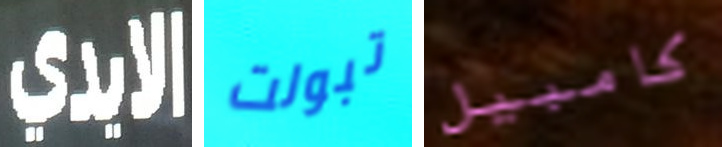
الايدي تبولت كامبيل